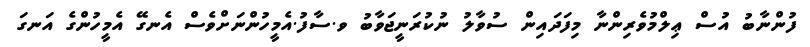
ފުންނާބު އުސް ޢިލްމުވެރިންނާ މިފަދައިން ސުވާލު ނުކުރަނީޖަވާބު ވ.ސާފު.އެމީހުންނަށްވެސް އެނގޭ އެމީހުންގެ އަނގަ